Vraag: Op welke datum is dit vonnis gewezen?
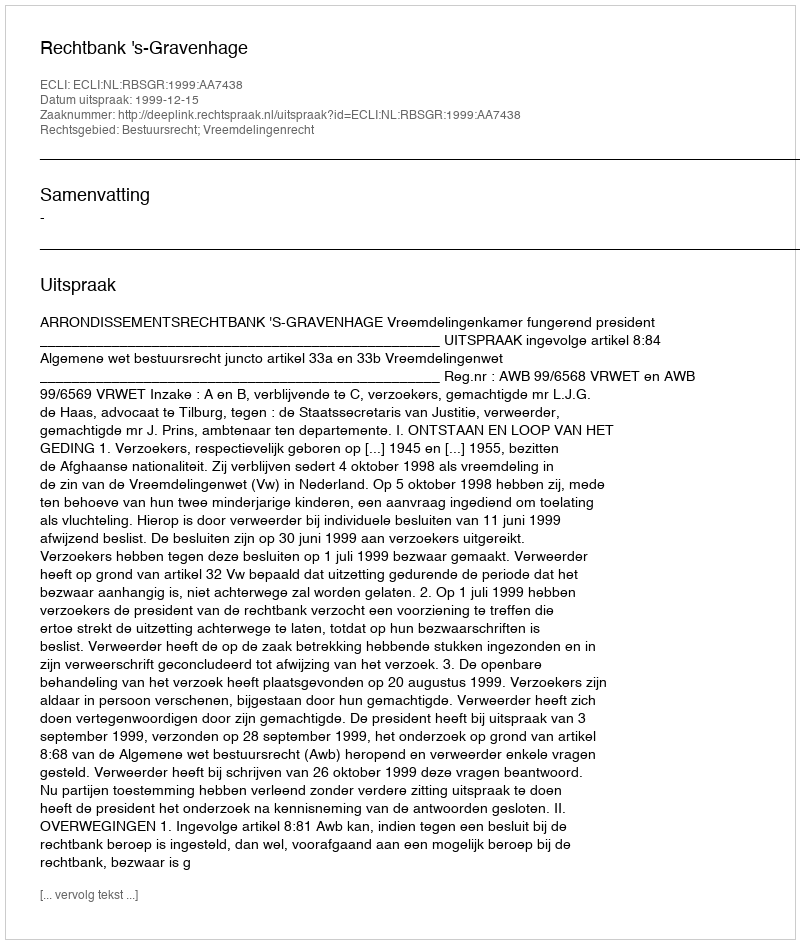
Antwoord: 1999-12-15